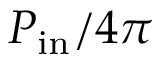
P _ { \mathrm { i n } } / 4 \pi